Vaccine operations Central Provinces 1900-1911 - 1900-1911
Year: 1900
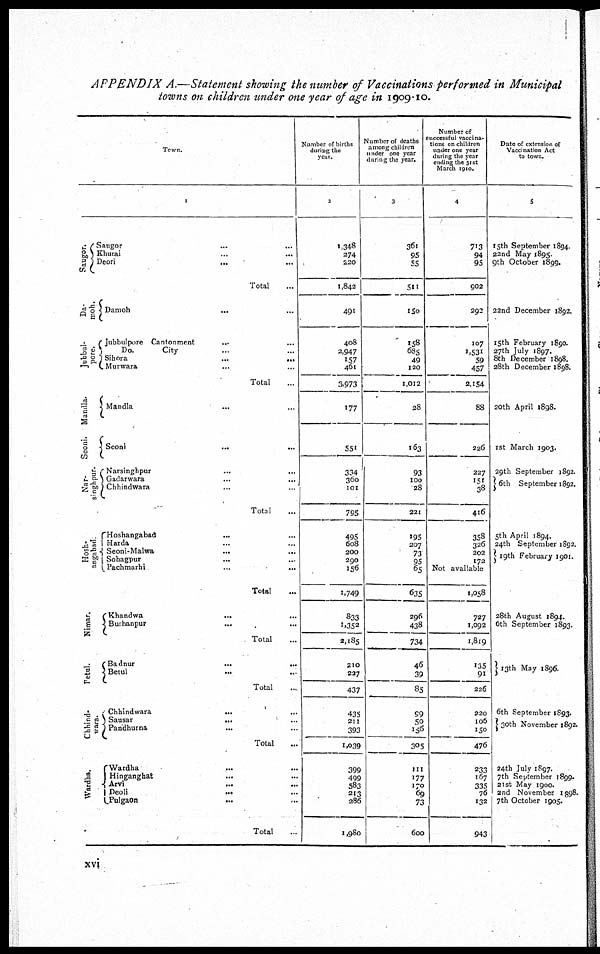
APPENDIX A.—Statement showing the number of Vaccinations performed in Municipal
towns on children under one year of age in 1909-10.
Town.
1
Saugor.
Da¬
moh.
Jubbul¬
pore.
Mandla.
Seoni.
Nar¬
singhpur.
Hosh¬
angabad
Nimar.
Betul.
Chhind-
wara.
Wardha.
Saugor
...
...
Khurai ... ...
Deori
... ...
Total ...
Damoh
...
...
Jubbulpore Cantonment ... ...
Do.
City ... ...
Sihora ... ...
Murwara ... ...
Total ...
Mandla ... ...
Seoni
...
...
Narsinghpur
...
...
Gadarwara
...
...
Chhindwara ... ...
Total ...
Hoshangabad
... ...
Harda ... ...
Seoni-Malwa
... ...
Sohagpur
...
...
Pachmarhi
...
...
Total ...
Khandwa
... ...
Burhanpur
...
...
Total ...
Badnur
...
...
Betul
...
...
Total ...
Chhindwara
...
...
Sausar ... ...
Pandhurna
... ...
Total ...
Wardha
...
...
Hinganghat ... ...
Arvi
...
...
Deoli
...
...
Pulgaon
... ...
Total ...
Number of births
during the
year.
2
1,348
274
220
1,842
491
408
2,947
157
461
3,973
177
551
334
360
101
795
495
608
200
290
156
1,749
833
1,352
2,185
210
227
437
435
211
393
1,039
399
499
583
213
286
1,980
Number of deaths
among children
under one year
during the year.
3
361
95
55
511
150
158
685
49
120
1,012
28
163
93
100
28
221
195
207
73
95
65
635
296
438
734
46
39
85
99
50
156
305
111
177
170
69
73
600
Number of
successful vaccina-
tions on children
under one year
during the year
ending the 31st
March 1910.
4
713
94
95
902
292
107
1,531
59
457
2,154
88
226
227
151
38
416
358
326
202
172
Not available
1,058
727
1,092
1,819
135
91
226
220
106
150
476
233
167
335
76
132
943
Date of extension of
Vaccination Act
to town.
5
15th September 1894.
22nd May 1895.
9th October 1899.
22nd December 1892.
15th February 1890.
27th July 1897.
8th December 1898.
28th December 1898.
20th April 1898.
1st March 1903.
29th September 1892.
6th September 1892.
5th April 1894.
24th September 1892.
19th February 1901.
28th August 1894.
6th September 1893.
13th may 1896.
6th September 1893.
24th July 1897.
7th September 1899.
21st May 1900.
2nd November 1898.
7th October 1905.
xvi